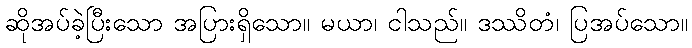
ဆိုအပ်ခဲ့ပြီးသော အပြားရှိသော။ မယာ၊ ငါသည်။ ဒဿိတံ၊ ပြအပ်သော။